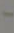
-